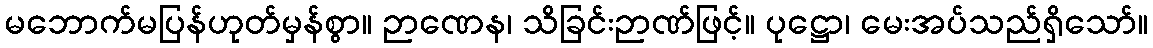
မဘောက်မပြန်ဟုတ်မှန်စွာ။ ဉာဏေန၊ သိခြင်းဉာဏ်ဖြင့်။ ပုဋ္ဌော၊ မေးအပ်သည်ရှိသော်။